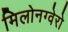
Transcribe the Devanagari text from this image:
मिलोनग्वेरो